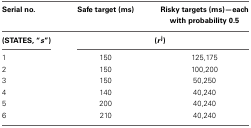
<table><thead><tr><td><b>Serial no.</b></td><td><b>Safe target (ms)</b></td><td><b>Risky targets (ms)—each with probability 0.5</b></td></tr></thead><tbody><tr><td><b>(STATES, “<i>s</i>”)</b></td><td colspan="2"><b>(<i>r</i><sup>j</sup>)</b></td></tr><tr><td>1</td><td>150</td><td>125,175</td></tr><tr><td>2</td><td>150</td><td>100,200</td></tr><tr><td>3</td><td>150</td><td>50,250</td></tr><tr><td>4</td><td>140</td><td>40,240</td></tr><tr><td>5</td><td>200</td><td>40,240</td></tr><tr><td>6</td><td>210</td><td>40,240</td></tr></tbody></table>